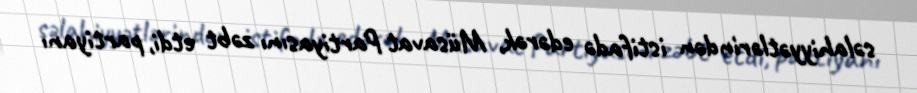
səlahiyyətlərindən istifadə edərək, Müsavat Partiyasını zəbt etdi, partiyanı